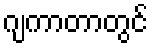
ဂျကာတာတွင်